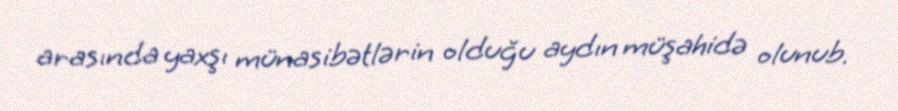
arasında yaxşı münasibətlərin olduğu aydın müşahidə olunub.